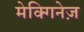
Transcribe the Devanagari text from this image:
मेक्गिनेज़